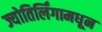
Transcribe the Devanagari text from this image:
ज्योतिर्लिंगामधून